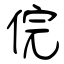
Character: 俒